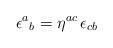
LaTeX: \begin{align*}\epsilon ^{a}{}_{b}=\eta ^{ac}\, \epsilon _{cb}\end{align*}